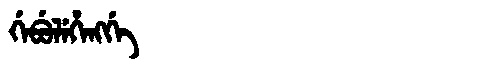
Manchu: ᡤᡝᠪᡠᠯᡝᡥᡝᠩᡤᡝ
Romanization: GEBULEHENGGE